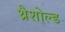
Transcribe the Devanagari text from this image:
थ्रैशोल्ड